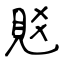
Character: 覐